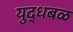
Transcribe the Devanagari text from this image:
युद्धबळ